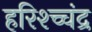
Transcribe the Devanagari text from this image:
हरिश्च्चंद्र